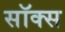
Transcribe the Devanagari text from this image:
सॉक्‍स